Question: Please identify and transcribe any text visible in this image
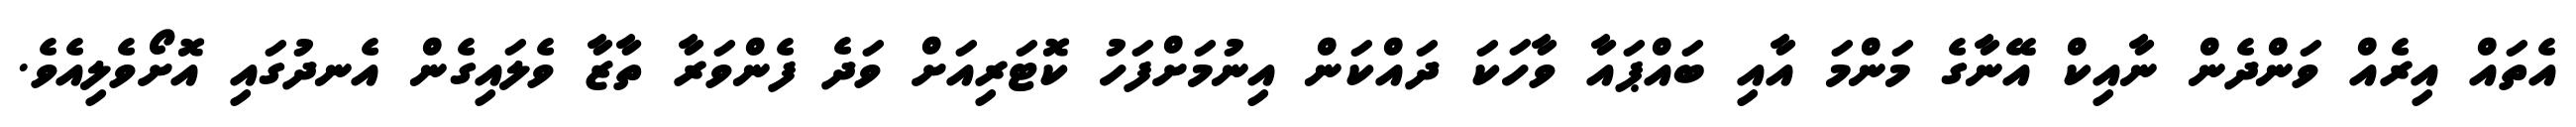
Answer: އެތައް އިރެއް ވަންދެން ނާއިކް އޭނާގެ މަންމަ އާއި ބައްޕައާ ވާހަކަ ދައްކަން އިނުމަށްފަހު ކޮޓަރިއަށް ވަދެ ފެންވަރާ ތާޒާ ވެލައިގެން އެނދުގައި އޮށޯވެލިއެވެ.